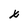
Character: x